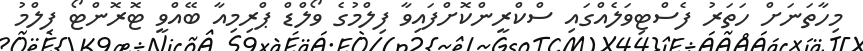
މިހާތަނަށް ހަތަރު ފެސްޓިވަލެއްގައި ސްކްރީންކޮށްފައިވާ ފިލްމުގެ ވޯލްޑް ޕްރިމިއާ ބޭއްވީ ޓޮރޮންޓޯ ފިލްމު